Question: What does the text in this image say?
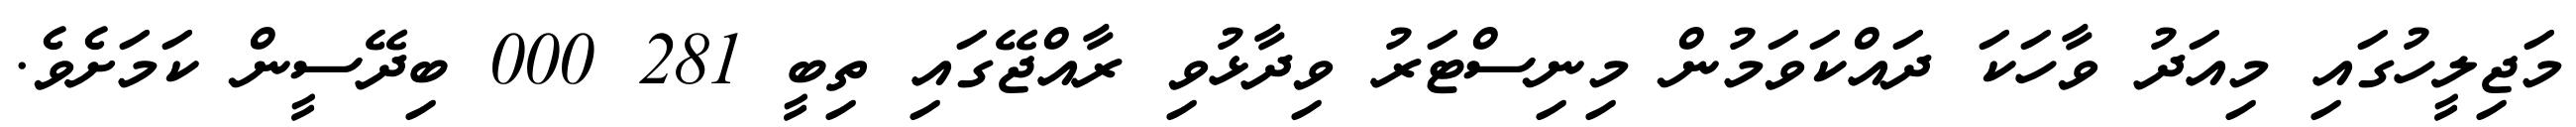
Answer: މަޖިލީހުގައި މިއަދު ވާހަކަ ދައްކަވަމުން މިނިސްޓަރު ވިދާޅުވި ރާއްޖޭގައި ތިބީ 281 000 ބިދޭސީން ކަމަށެވެ.